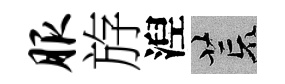
服斿湼荒